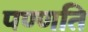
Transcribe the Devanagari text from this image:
पण्णति